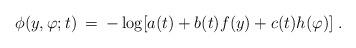
LaTeX: \begin{align*}\phi(y,\varphi;t)\:=\:-\log[a(t)+b(t)f(y)+c(t)h(\varphi)]\; .\end{align*}